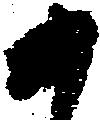
か